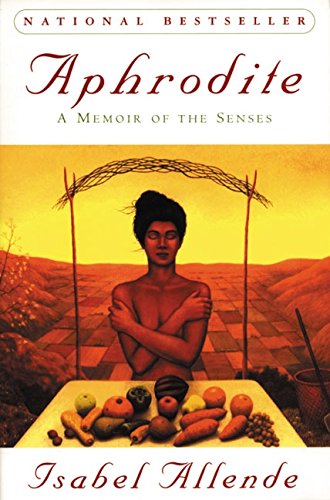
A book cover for Aphrodite: A Memoir of the Senses; Isabel Allende; Literature & Fiction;